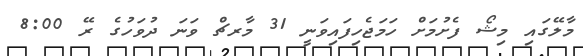
މާލޭގައި މިޝޯ ފެށުމަށް ހަމަޖެހިފައިވަނީ 31 މާރޗް ވަނަ ދުވަހުގެ ރޭ 8:00